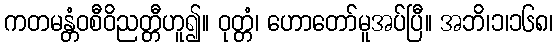
ကတမန္တံဝစီဝိညတ္တီဟူ၍။ ဝုတ္တံ၊ ဟောတော်မူအပ်ပြီ။ အဘိ၊၁၊၁၆၈၊